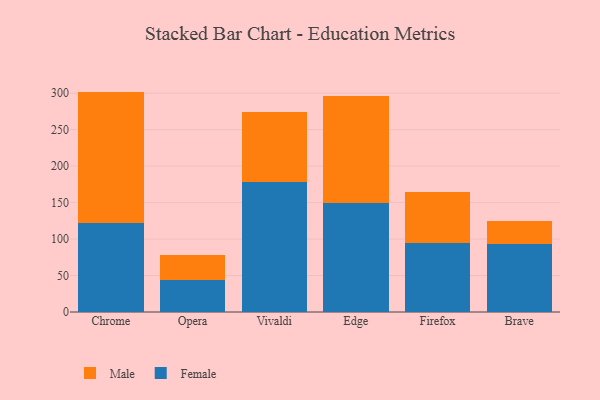
{"axis": {"x": "Browser", "y": "Operating Costs (USD K)"}, "legend": ["Female", "Male"], "data": [{"x": "Chrome", "y": 122.3, "type": "Female"}, {"x": "Chrome", "y": 179.8, "type": "Male"}, {"x": "Opera", "y": 44.1, "type": "Female"}, {"x": "Opera", "y": 34.1, "type": "Male"}, {"x": "Vivaldi", "y": 178.2, "type": "Female"}, {"x": "Vivaldi", "y": 95.5, "type": "Male"}, {"x": "Edge", "y": 149.7, "type": "Female"}, {"x": "Edge", "y": 146.9, "type": "Male"}, {"x": "Firefox", "y": 95.1, "type": "Female"}, {"x": "Firefox", "y": 69.0, "type": "Male"}, {"x": "Brave", "y": 92.9, "type": "Female"}, {"x": "Brave", "y": 31.8, "type": "Male"}]}